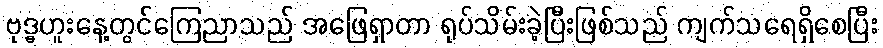
ဗုဒ္ဓဟူးနေ့တွင်ကြေညာသည် အဖြေရှာတာ ရုပ်သိမ်းခဲ့ပြီးဖြစ်သည် ကျက်သရေရှိစေပြီး